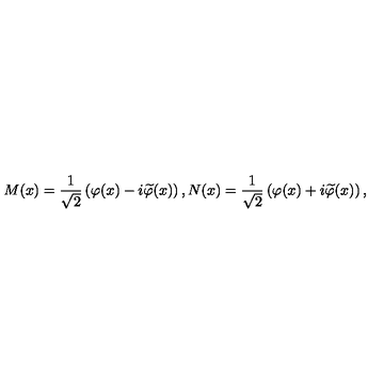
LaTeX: M ( x ) = \frac 1 { \sqrt { 2 } } \left( \varphi ( x ) - i \widetilde { \varphi } ( x ) \right) , N ( x ) = \frac 1 { \sqrt { 2 } } \left( \varphi ( x ) + i \widetilde { \varphi } ( x ) \right) ,